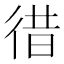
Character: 徣